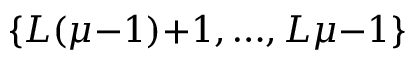
\{ L ( \mu { - } 1 ) { + } 1 , { \ldots } , L \mu { - } 1 \}